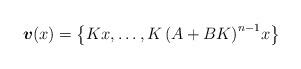
LaTeX: \begin{align*} \boldsymbol{v}(x)=\left\lbrace {K}x,\dots,{K}\left(A+B{K}\right)^{n-1}\!x \right\rbrace \ \end{align*}